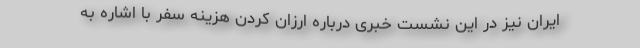
ایران نیز در این نشست خبری درباره ارزان کردن هزینه سفر با اشاره به